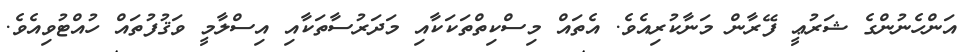
އަންހެނުންގެ ޝަރުޢީ ފޭރާން މަނާކުރިއެވެ. އެތައް މިސްކިތްތަކަކާއި މަދަރުސާތަކާއި އިސްލާމީ ވަޤުފުތައް ހުއްޓުވިއެވެ.